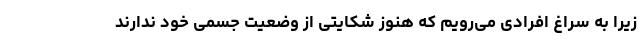
زیرا به سراغ افرادی می‌رویم که هنوز شکایتی از وضعیت جسمی خود ندارند